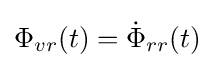
\Phi _{vr}(t)={\dot {\Phi }}_{rr}(t)